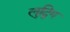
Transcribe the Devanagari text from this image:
लुद्विग